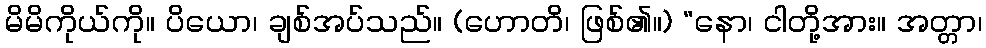
မိမိကိုယ်ကို။ ပိယော၊ ချစ်အပ်သည်။ (ဟောတိ၊ ဖြစ်၏။) “နော၊ ငါတို့အား။ အတ္တာ၊